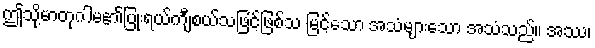
ဤသို့မာတုဂါမ၏ပြုံးရယ်ကျီစယ်သဖြင့်ဖြစ်သ မြင့်သော အသံများသော အသံသည်။ အဿ၊